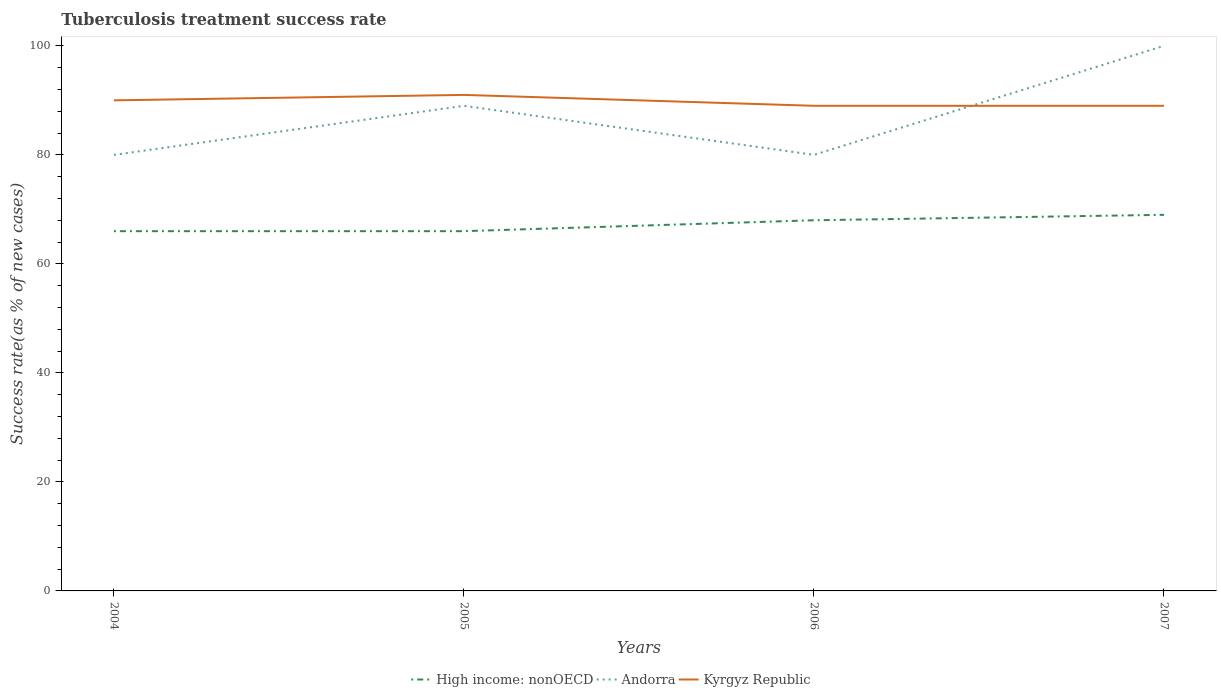
| Years | High income: nonOECD | Andorra | Kyrgyz Republic |
 | --- | --- | --- | --- |
 | 2004 | 66 | 80 | 90 |
 | 2005 | 66 | 89 | 91 |
 | 2006 | 68 | 80 | 89 |
 | 2007 | 69 | 100 | 89 |